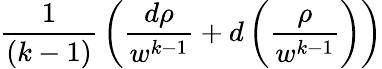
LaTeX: {\frac{1}{(k-1)}}\left({\frac{d\rho}{w^{k-1}}}+d\left({\frac{\rho}{w^{k-1}}}\right)\right)